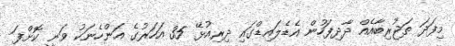
މިފަދަ ތަޖުރިބާއެއް ދާދިފަހުން އެޑެލައިޑްގައި ދިރިއުޅޭ 35 އަހަރުގެ އަންހެނަކު ވަނީ ކޮށްފަ